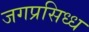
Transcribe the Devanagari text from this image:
जगप्रसिध्ध